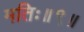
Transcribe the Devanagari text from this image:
मतिः॥९॥